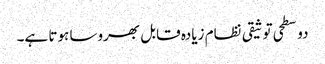
دو سطحی توثیقی نظام زیادہ قابل بھروسا ہوتا ہے۔